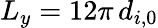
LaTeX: {L_{y}=12\pi\, d_{i,0}}